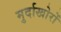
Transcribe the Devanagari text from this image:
मुर्दाखोरों